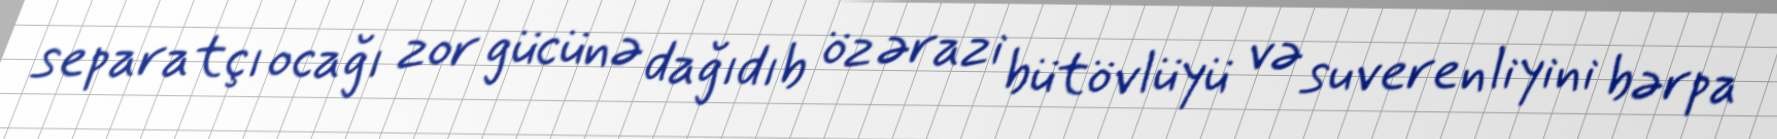
separatçı ocağı zor gücünə dağıdıb öz ərazi bütövlüyü və suverenliyini bərpa